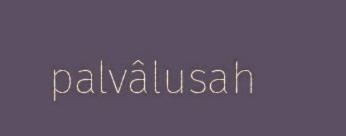
palvâlusah